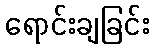
ရောင်းချခြင်း